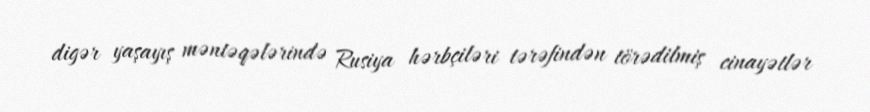
digər yaşayış məntəqələrində Rusiya hərbçiləri tərəfindən törədilmiş cinayətlər